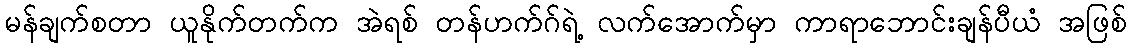
မန်ချက်စတာ ယူနိုက်တက်က အဲရစ် တန်ဟက်ဂ်ရဲ့ လက်အောက်မှာ ကာရာဘောင်းချန်ပီယံ အဖြစ်